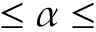
\leq \alpha \leq